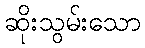
ဆိုးသွမ်းသော